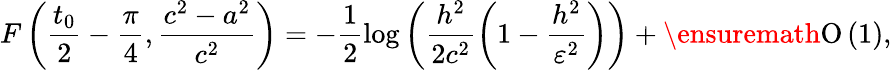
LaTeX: F\left(\frac{t_{0}}{2}-\frac{\pi}{4},\frac{c^{2}-a^{2}}{c^{2}}\right)=-\frac{1}{2}\log{\left(\frac{h^{2}}{2c^{2}}\left(1-\frac{h^{2}}{\varepsilon^{2}}\right)\right)}+\ensuremath{\operatorname{O}\left(1\right)},